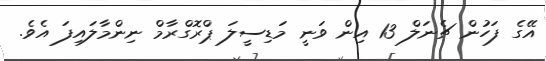
އޭގެ ފަހުން ޗެނަލް 13 އިން ވަނީ މަޑިސީލަ ޕްރޮގްރާމް ނިންމާލައިފަ އެވެ.